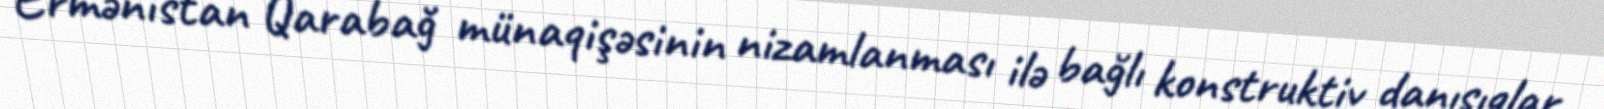
Ermənistan Qarabağ münaqişəsinin nizamlanması ilə bağlı konstruktiv danışıqlar